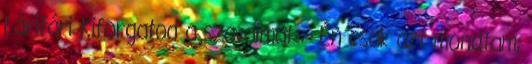
Lárifári Kiforgatod a szavaimat :- Én csak azt mondtam,